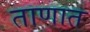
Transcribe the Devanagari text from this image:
ताणात